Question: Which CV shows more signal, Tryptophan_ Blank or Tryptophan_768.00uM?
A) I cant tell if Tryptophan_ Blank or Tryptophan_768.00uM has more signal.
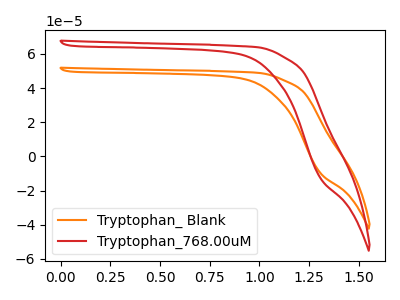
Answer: <think>The orange curve "Tryptophan_ Blank" has no peaks. The red curve "Tryptophan_768.00uM" has no peaks.
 Neither "Tryptophan_ Blank" or "Tryptophan_768.00uM" have any peaks.</think>
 <answer>A) I cant tell if "Tryptophan_ Blank" or "Tryptophan_768.00uM" has more signal.</answer>
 <eval>A</eval>